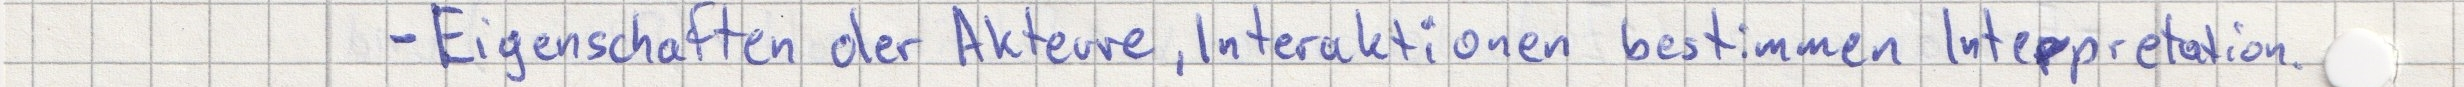
- Eigenschaften der Akteure, Interaktionen bestimmen Interpretation.